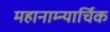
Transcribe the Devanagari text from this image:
महानाम्न्यार्चिक